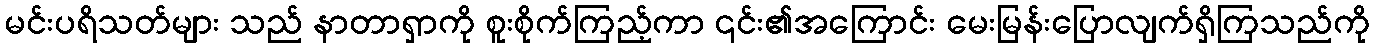
မင်းပရိသတ်များ သည် နာတာရှာကို စူးစိုက်ကြည့်ကာ ၎င်း၏အကြောင်း မေးမြန်းပြောလျက်ရှိကြသည်ကို